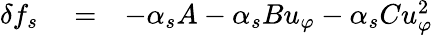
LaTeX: \begin{array}{rlr}{\delta f_{s}}&{{}=}&{-\alpha_{s}A-\alpha_{s}Bu_{\varphi}-\alpha_{s}Cu_{\varphi}^{2}}\end{array}